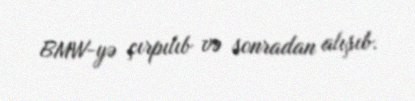
BMW-yə çırpılıb və sonradan alışıb.